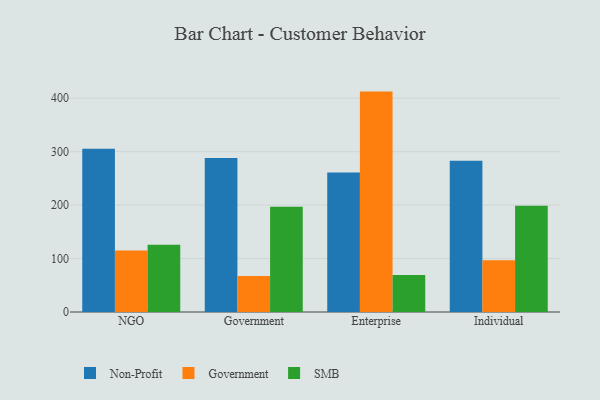
{"axis": {"x": "Segment", "y": "LTV (USD)"}, "legend": ["Government", "Non-Profit", "SMB"], "data": [{"x": "NGO", "y": 305.4, "type": "Non-Profit"}, {"x": "NGO", "y": 115.3, "type": "Government"}, {"x": "NGO", "y": 126.0, "type": "SMB"}, {"x": "Government", "y": 288.3, "type": "Non-Profit"}, {"x": "Government", "y": 67.5, "type": "Government"}, {"x": "Government", "y": 196.8, "type": "SMB"}, {"x": "Enterprise", "y": 261.2, "type": "Non-Profit"}, {"x": "Enterprise", "y": 412.4, "type": "Government"}, {"x": "Enterprise", "y": 69.4, "type": "SMB"}, {"x": "Individual", "y": 283.2, "type": "Non-Profit"}, {"x": "Individual", "y": 96.7, "type": "Government"}, {"x": "Individual", "y": 198.9, "type": "SMB"}]}